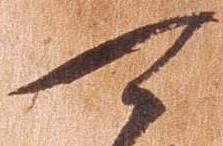
可